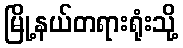
မြို့နယ်တရားရုံးသို့